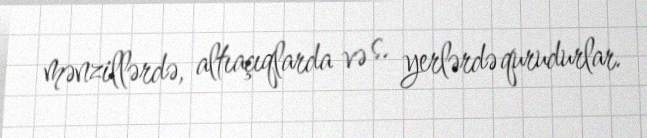
mənzillərdə, altıaçıqlarda və s. yerlərdə qurudurlar.